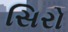
સિરો